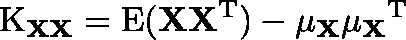
\operatorname { K } _ { \mathbf { X } \mathbf { X } } = \operatorname { E } ( \mathbf { X X ^ { \mathrm { { T } } } } ) - \mathbf { \mu _ { X } } \mathbf { \mu _ { X } } ^ { \mathrm { { T } } }